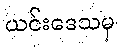
ယင်းဒေသမှ